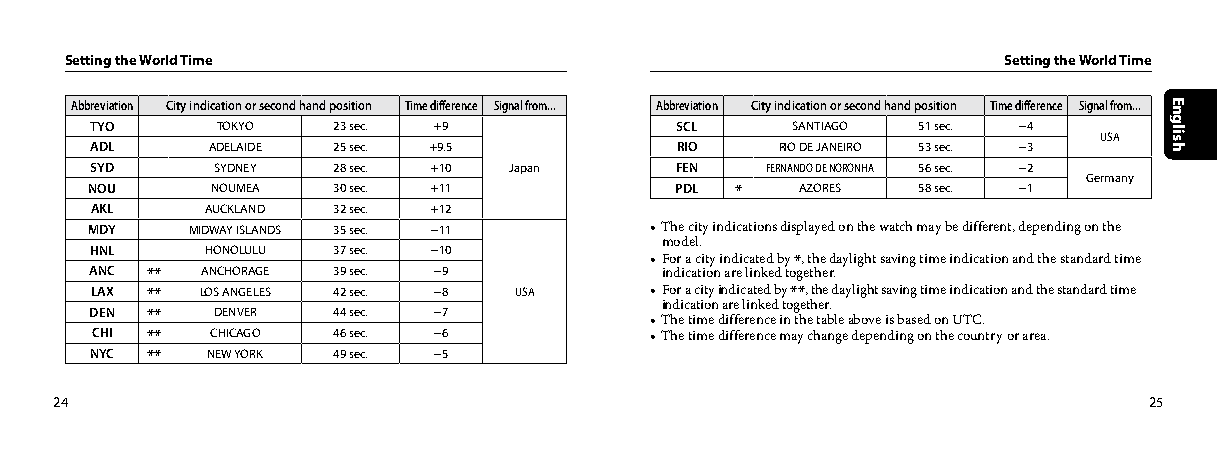
Setting the World Time                                        Setting the World Time
 Abbreviation City indication or second hand position Time difference Signal from... Abbreviation City indication or second hand position Time difference Signal from...
 TYO     TOKYO   23 sec. +9             SCL    SANTIAGO 51 sec. −4
 USA
 ADL     ADELAIDE 25 sec. +9.5          RIO    RIO DE JANEIRO 53 sec. −3
 SYD     SYDNEY  28 sec. +10 Japan      FEN   FERNANDO DE NORONHA 56 sec. −2
 Germany
 NOU     NOUMEA  30 sec. +11            PDL *   AZORES  58 sec. −1
 AKL     AUCKLAND 32 sec. +12
 MDY    MIDWAY ISLANDS 35 sec. −11    • The city indications displayed on the watch may be different, depending on the
 model.
 HNL     HONOLULU 37 sec. −10
 • For a city indicated by *, the daylight saving time indication and the standard time
 ANC ** ANCHORAGE 39 sec. −9           indication are linked together.
 LAX ** LOS ANGELES 42 sec. −8 USA    • For a city indicated by **, the daylight saving time indication and the standard time
 indication are linked together.
 DEN **  DENVER  44 sec. −7
 • The time difference in the table above is based on UTC.
 CHI **  CHICAGO 46 sec. −6           • The time difference may change depending on the country or area.
 NYC **  NEW YORK 49 sec. −5
 24                                                                      25
 English